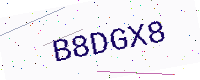
Text: B8DGX8